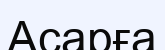
Асарға